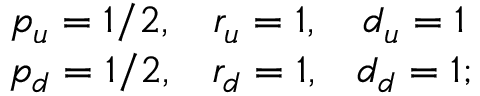
\begin{array} { c c c } { { p _ { u } = 1 / 2 , } } & { { r _ { u } = 1 , } } & { { d _ { u } = 1 } } \\ { { p _ { d } = 1 / 2 , } } & { { r _ { d } = 1 , } } & { { d _ { d } = 1 ; } } \end{array}